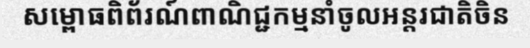
សម្ពោធពិព័រណ៍ពាណិជ្ជកម្មនាំចូលអន្តរជាតិចិន